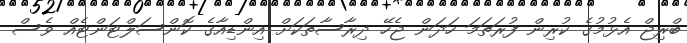
ބްރިޖް އެޅުމުގެ ކުރިން ފުރަތަމަ ހަދަން ޖެހޭ ދިރާސާތަކަށް އިންޑިއާގެ ކޮންސަލްޓަންޓެއް ވެސް